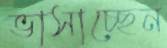
ভাসাচ্ছেন